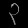
Digit: ၃